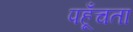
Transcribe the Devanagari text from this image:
पहूँचता